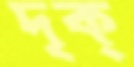
দৃক্‌